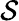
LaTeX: {\cal S}